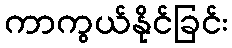
ကာကွယ်နိုင်ခြင်း